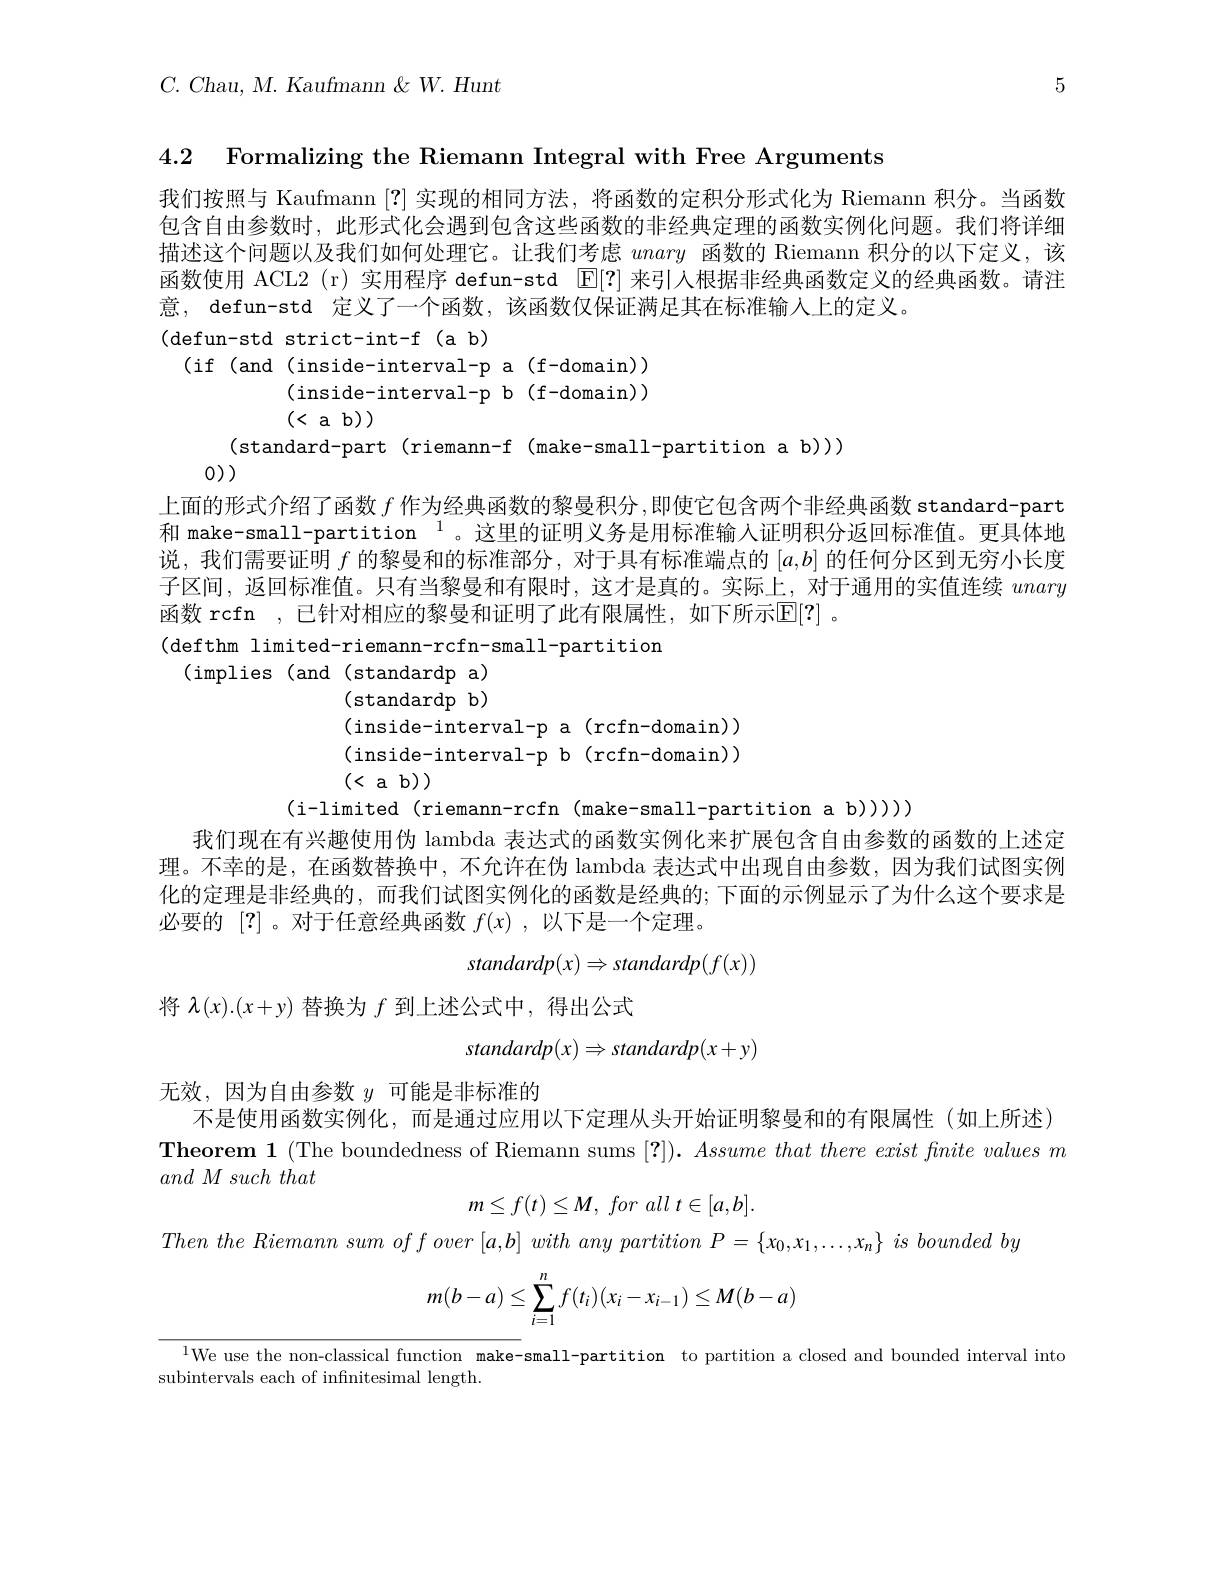
$C.$ Chau, $M.$ Kaufmann $\&W.Hunt$

5

4.2 Formalizing the Riemann Integral with Free Arguments

我们按照与 Kaufmann [?]实现的相同方法，将函数的定积分形式化为 Riemann 积分。当函数包含自由参数时，此形式化会遇到包含这些函数的非经典定理的函数实例化问题。我们将详细描述这个问题以及我们如何处理它。让我们考虑unary函数的 Riemann 积分的以下定义，该函数使用 ACL2 (r)实用程序 defun-std |E[?]来引入根据非经典函数定义的经典函数。请注意，defun-std 定义了一个函数，该函数仅保证满足其在标准输入上的定义。
(defun-std strict-int-f(ab)
(if(and(inside-interval-pa(f-domain))
(inside-interval-p b(f-domain))
(<ab))
(standard-part(riemann-f(make-small-partition a b)))

0))

上面的形式介绍了函数$f$作为经典函数的黎曼积分，即使它包含两个非经典函数 standard-part

和 make-small-partition $^{1}$。这里的证明义务是用标准输人证明积分返回标准值。更具体地

说，我们需要证明$f$的黎曼和的标准部分，对于具有标准端点的$[a,b]$的任何分区到无穷小长度

子区间，返回标准值。只有当黎曼和有限时，这才是真的。实际上，对于通用的实值连续unary

函数 rcfn , 已针对相应的黎曼和证明了此有限属性，如下所示$\mathbb{E}[?]$ 。

(defthm limited-riemann-rcfn-small-partition

(implies (and(standardp a)

(standardp$b)$

(inside-interval-pa ( rcfn- domain)  )

(inside-interval-p b(rcfn-domain))

(<ab))

(i-limited (riemann-rcfn (make-small-partition a b))))

我们现在有兴趣使用伪 lambda 表达式的函数实例化来扩展包含自由参数的函数的上述定

理。不幸的是，在函数替换中，不允许在伪 lambda 表达式中出现自由参数，因为我们试图实例

化的定理是非经典的，而我们试图实例化的函数是经典的；下面的示例显示了为什么这个要求是

必要的[?] 。对于任意经典函数$f(x)$,以下是一个定理。
$$standardp(x)\Rightarrow standardp(f(x))$$
将$\lambda(x).(x+y)$替换为$f$到上述公式中，得出公式
$$standardp(x)\Rightarrow standardp(x+y)$$
无效，因为自由参数$y$可能是非标准的
不是使用函数实例化，而是通过应用以下定理从头开始证明黎曼和的有限属性(如上所述)
Theorem 1 (The boundedness of Riemann sums $[ ? ] ) . \textit{ Assume that there exist finite values m}$
$and~M~such~that$
$$m\leq f(t)\leq M,\:for\:all\:t\in[a,b].$$
Then the Riemann sum $of$ $f$ over $[ a, b]$ with any partition $P= \{ x_{0}, x_{1}, \ldots , x_{n}\}$ $is$ bounded $by$
$$m(b-a)\leq\sum_{i=1}^nf(t_i)(x_i-x_{i-1})\leq M(b-a)$$
$^{1}$We use the non-classical function make-small-partition to partition a closed and bounded interval into
subintervals each of infnitesimal length.